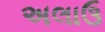
અલાઉ